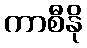
ကာစီနို